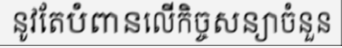
នូវតែបំពានលើកិច្ចសន្យាចំនួន